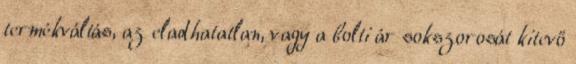
termékváltás, az eladhatatlan, vagy a bolti ár sokszorosát kitevő